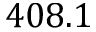
4 0 8 . 1